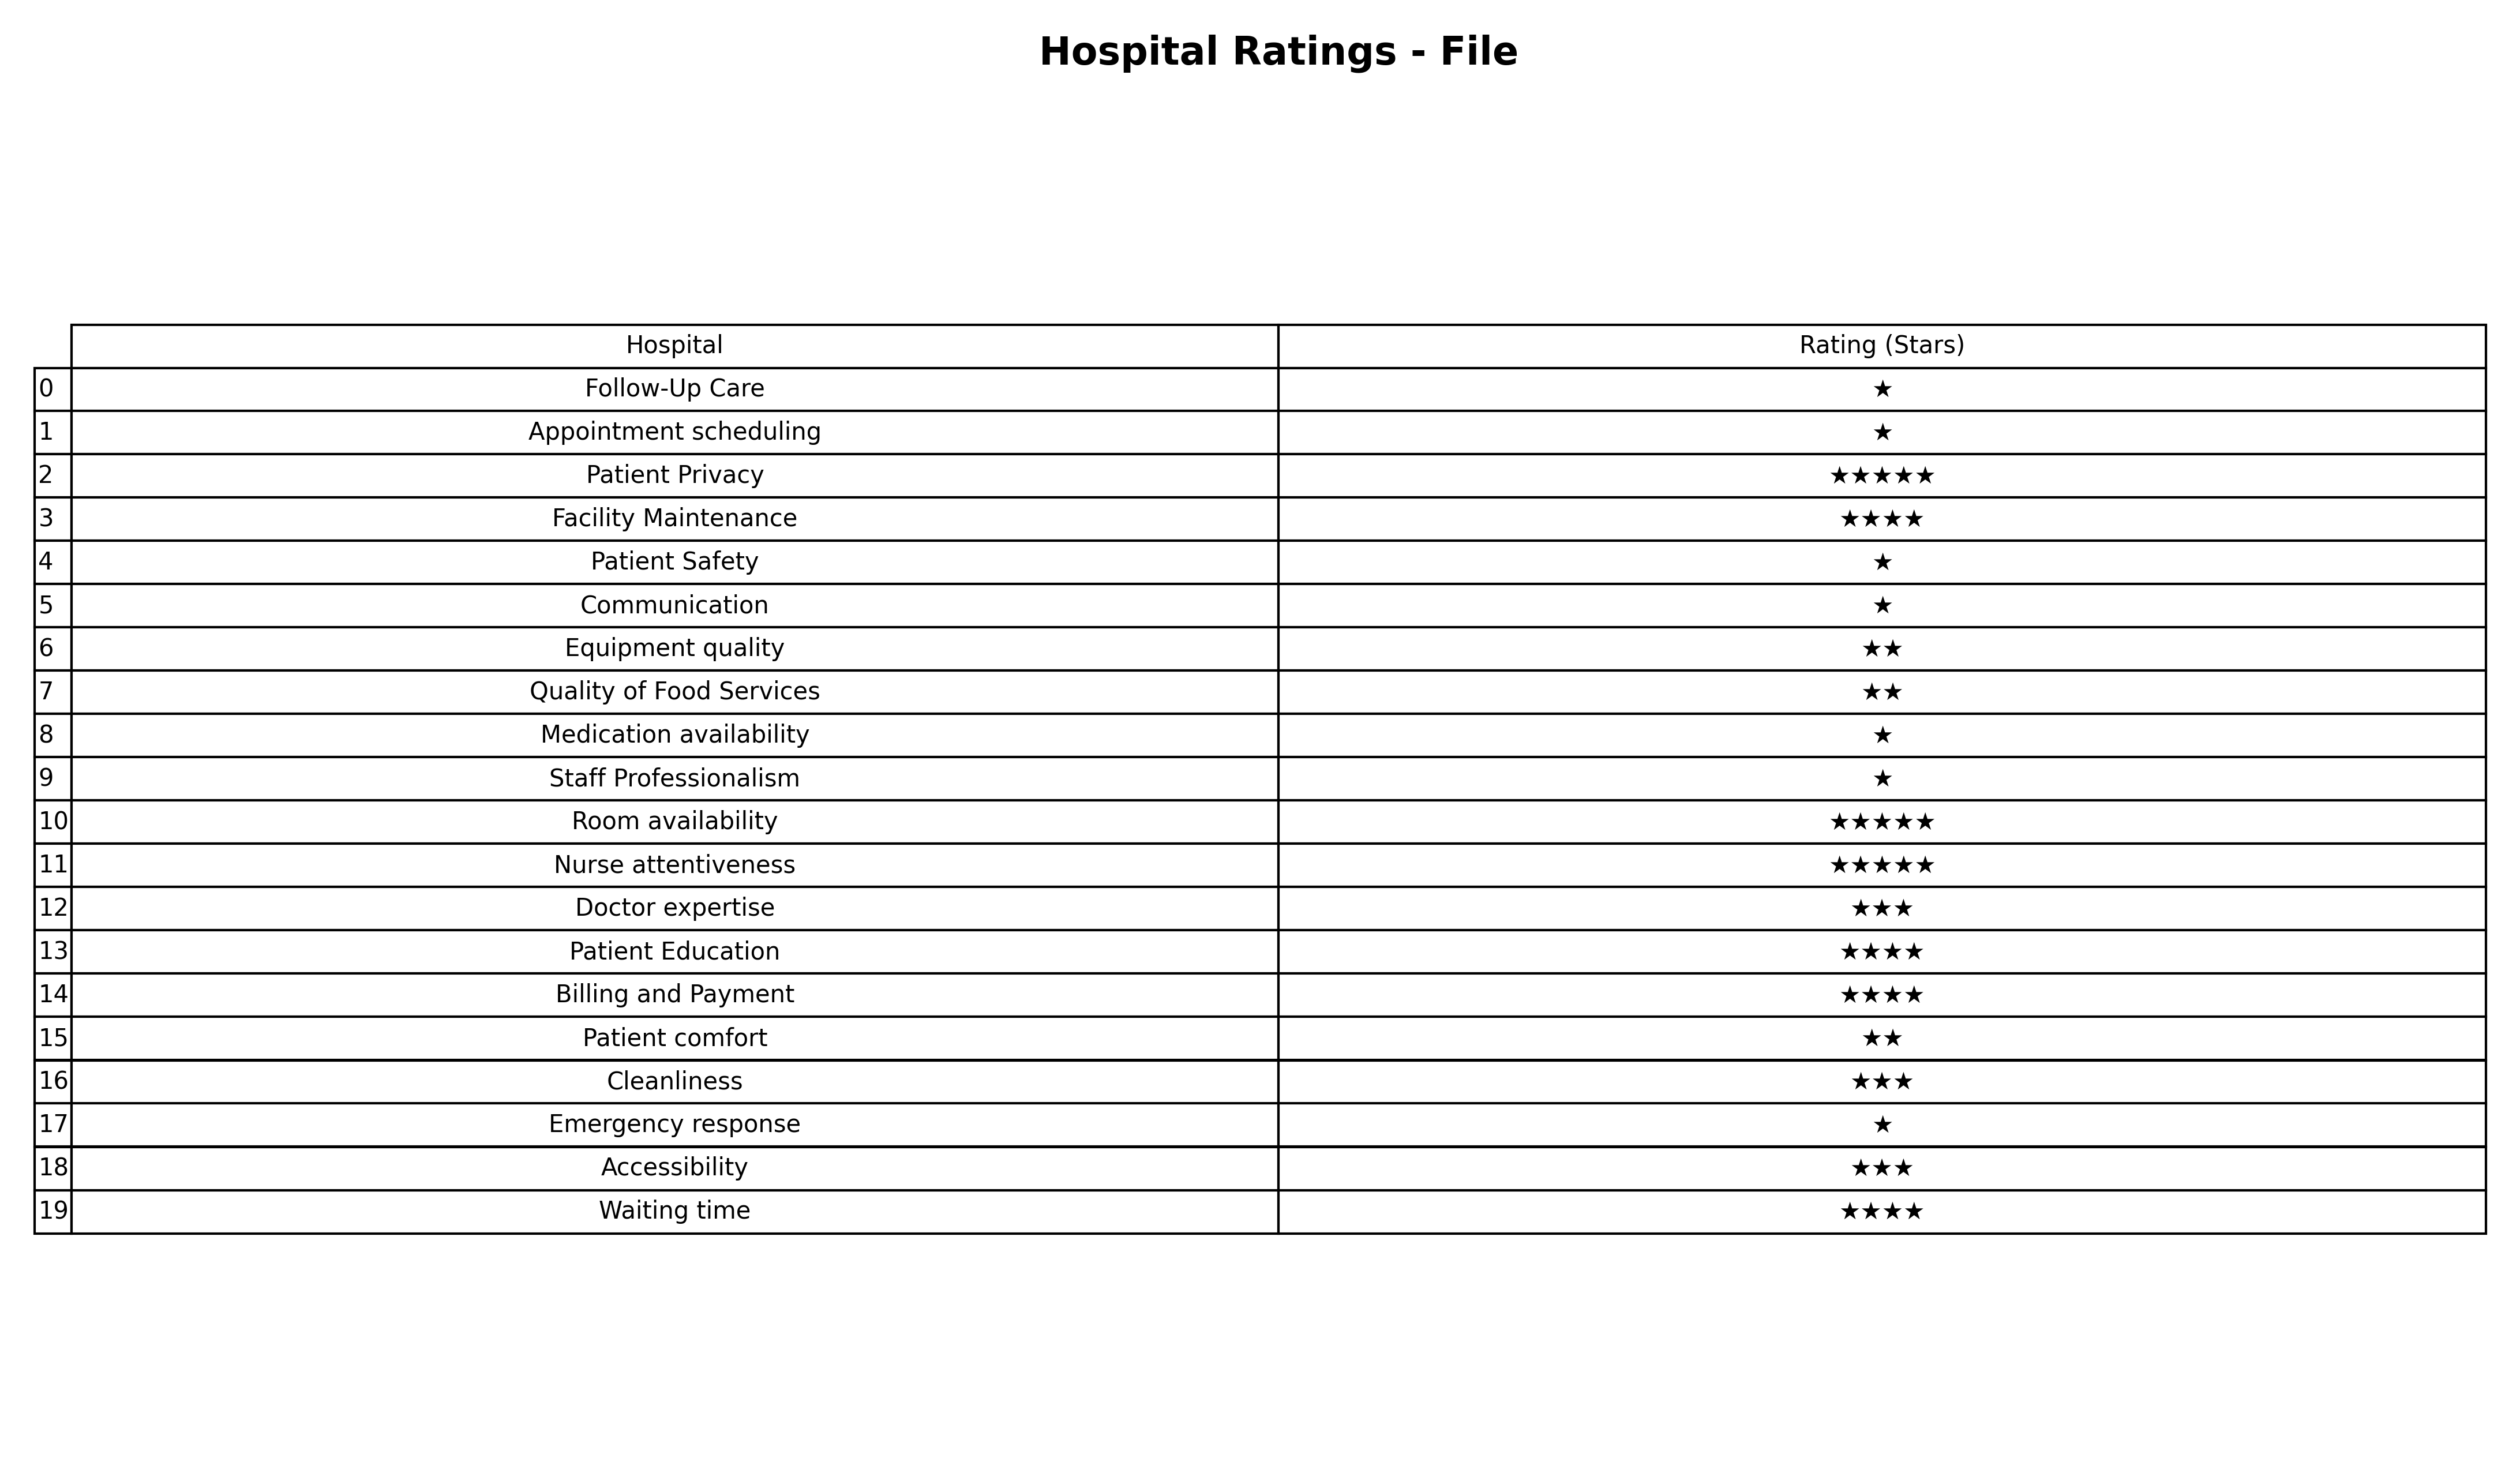
question: What are two star services?
answer: Equipment qualityQuality of Food ServicesPatient comfort